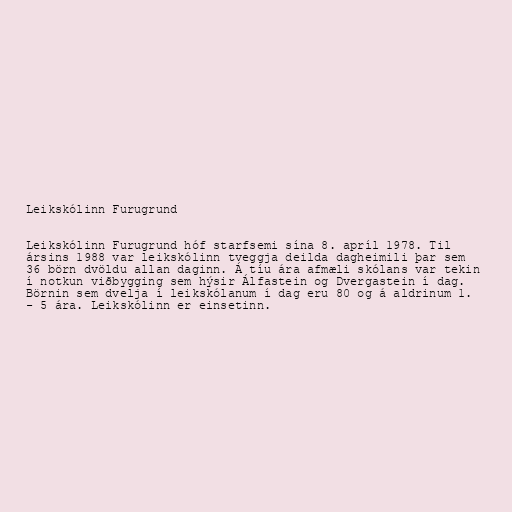
Leikskólinn Furugrund

Leikskólinn Furugrund hóf starfsemi sína 8. apríl 1978. Til
ársins 1988 var leikskólinn tveggja deilda dagheimili þar sem
36 börn dvöldu allan daginn. Á tíu ára afmæli skólans var tekin
í notkun viðbygging sem hýsir Álfastein og Dvergastein í dag.
Börnin sem dvelja í leikskólanum í dag eru 80 og á aldrinum 1.
- 5 ára. Leikskólinn er einsetinn.